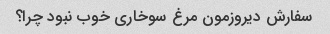
سفارش دیروزمون مرغ سوخاری خوب نبود چرا؟